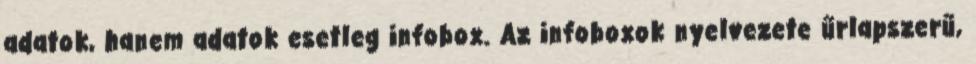
adatok, hanem adatok esetleg infobox. Az infoboxok nyelvezete űrlapszerű,